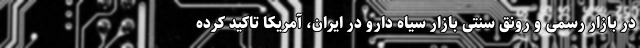
در بازار رسمی و رونق سنتی بازار سیاه دارو در ایران، آمریکا تاکید کرده